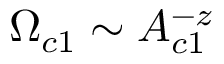
\Omega _ { c 1 } \sim A _ { c 1 } ^ { - z }